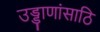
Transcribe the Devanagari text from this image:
उड्डाणांसाठि